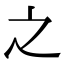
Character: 之